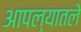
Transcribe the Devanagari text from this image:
आपल्यातले